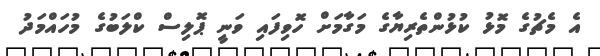
އެ މެޗުގެ މޮޅު ކުޅުންތެރިޔާގެ މަގާމަށް ހޮވިފައި ވަނީ ޕޮލިސް ކްލަބުގެ މުހައްމަދު